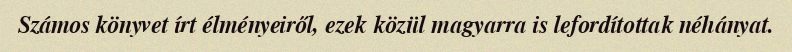
Számos könyvet írt élményeiről, ezek közül magyarra is lefordítottak néhányat.